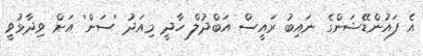
އެ ފައުންޑޭޝަންގެ ނައިބު ރައީސް އަބްދުލް ހާދީ މިއަދު 'ސަން' އަށް ވިދާޅުވީ